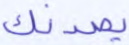
يصدنك